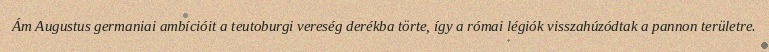
Ám Augustus germaniai ambícióit a teutoburgi vereség derékba törte, így a római légiók visszahúzódtak a pannon területre.